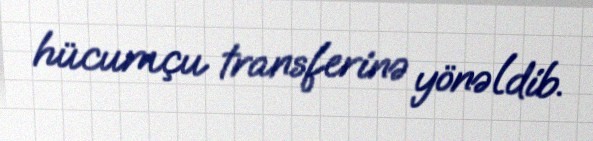
hücumçu transferinə yönəldib.